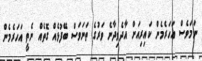
ނަމަވެސް އަހަރެމެން ކައިރިއަށް އާދެވިދާނެ ވަރުގެ ތަނަވަސް ބޭފުޅެއް ގޮތެއް ނެތީ އަހަރެމެން